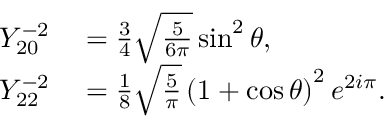
\begin{array} { r l } { Y _ { 2 0 } ^ { - 2 } } & { { } = \frac { 3 } { 4 } \sqrt { \frac { 5 } { 6 \pi } } \sin ^ { 2 } \theta , } \\ { Y _ { 2 2 } ^ { - 2 } } & { { } = \frac { 1 } { 8 } \sqrt { \frac { 5 } { \pi } } \left( 1 + \cos \theta \right) ^ { 2 } e ^ { 2 i \pi } . } \end{array}